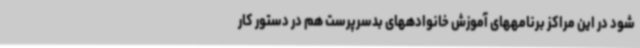
شود در این مراکز برنامههای آموزش خانوادههای بدسرپرست هم در دستور کار